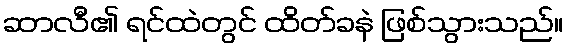
ဆာလီ၏ ရင်ထဲတွင် ထိတ်ခနဲ ဖြစ်သွားသည်။